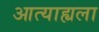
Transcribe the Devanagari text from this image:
आत्याह्यला